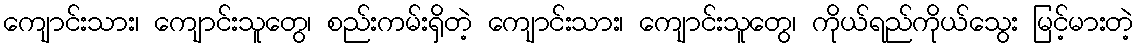
ကျောင်းသား၊ ကျောင်းသူတွေ၊ စည်းကမ်းရှိတဲ့ ကျောင်းသား၊ ကျောင်းသူတွေ၊ ကိုယ်ရည်ကိုယ်သွေး မြင့်မားတဲ့